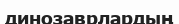
динозаврлардың